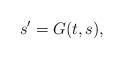
LaTeX: \begin{align*}s'=G(t,s),\end{align*}